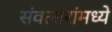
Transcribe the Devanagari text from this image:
संवत्सरांमध्ये